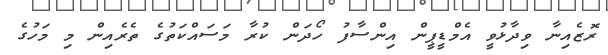
ރޮޒެއިނާ ވިދާޅުވީ އެމްޑީޕީން އިންސާފު ހޯދަން ކުރާ މަސައްކަތުގެ ތެރެއިން މި މަހުގެ